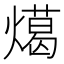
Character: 𭶎